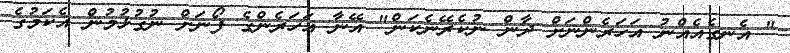
" އެނގެއެއްނު އަހަރެންނަށް ދާން ނުކެރޭނެކަން" އޭނާ އަހަރެންގެ ފޯނަށް ނުގުޅުމުން އެކަމުގެ